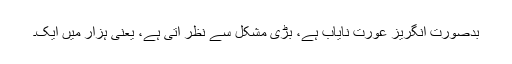
بدصورت انگریز عورت نایاب ہے، بڑی مشکل سے نظر آتی ہے، یعنی ہزار میں ایک۔